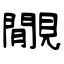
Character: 覵